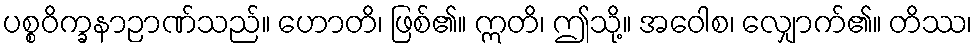
ပစ္စဝိက္ခနာဉာဏ်သည်။ ဟောတိ၊ ဖြစ်၏။ ဣတိ၊ ဤသို့။ အဝေါစ၊ လျှောက်၏။ တိဿ၊